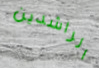
الراشدين